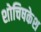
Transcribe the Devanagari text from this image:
शोचिषकेश